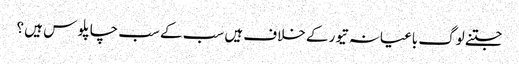
جتنے لوگ باغیانہ تیور کے خلاف ہیں سب کے سب چاپلو س ہیں ؟